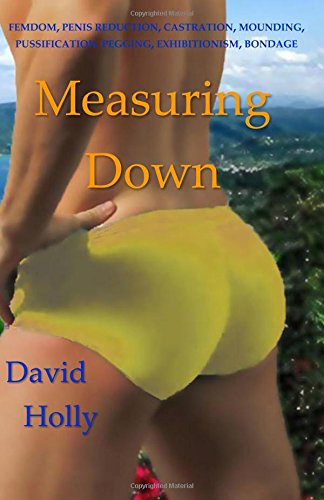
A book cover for Measuring Down; David Holly; Romance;